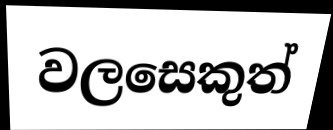
වලසෙකුත්